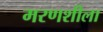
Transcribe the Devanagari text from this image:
मरणशीला